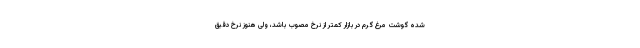
شده گوشت مرغ گرم در بازار کمتر از نرخ مصوب باشد، ولی هنوز نرخ دقیق